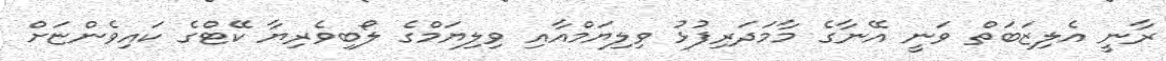
ރާނީ އެލިޒަބަތް ވަނީ އޭނާގެ މާމަދަރިފުޅު ވިލިޔަމްއާއި ވިލިޔަމްގެ ލޯބިވެރިޔާ ކޭޓްގެ ކައިވެންޏަށް